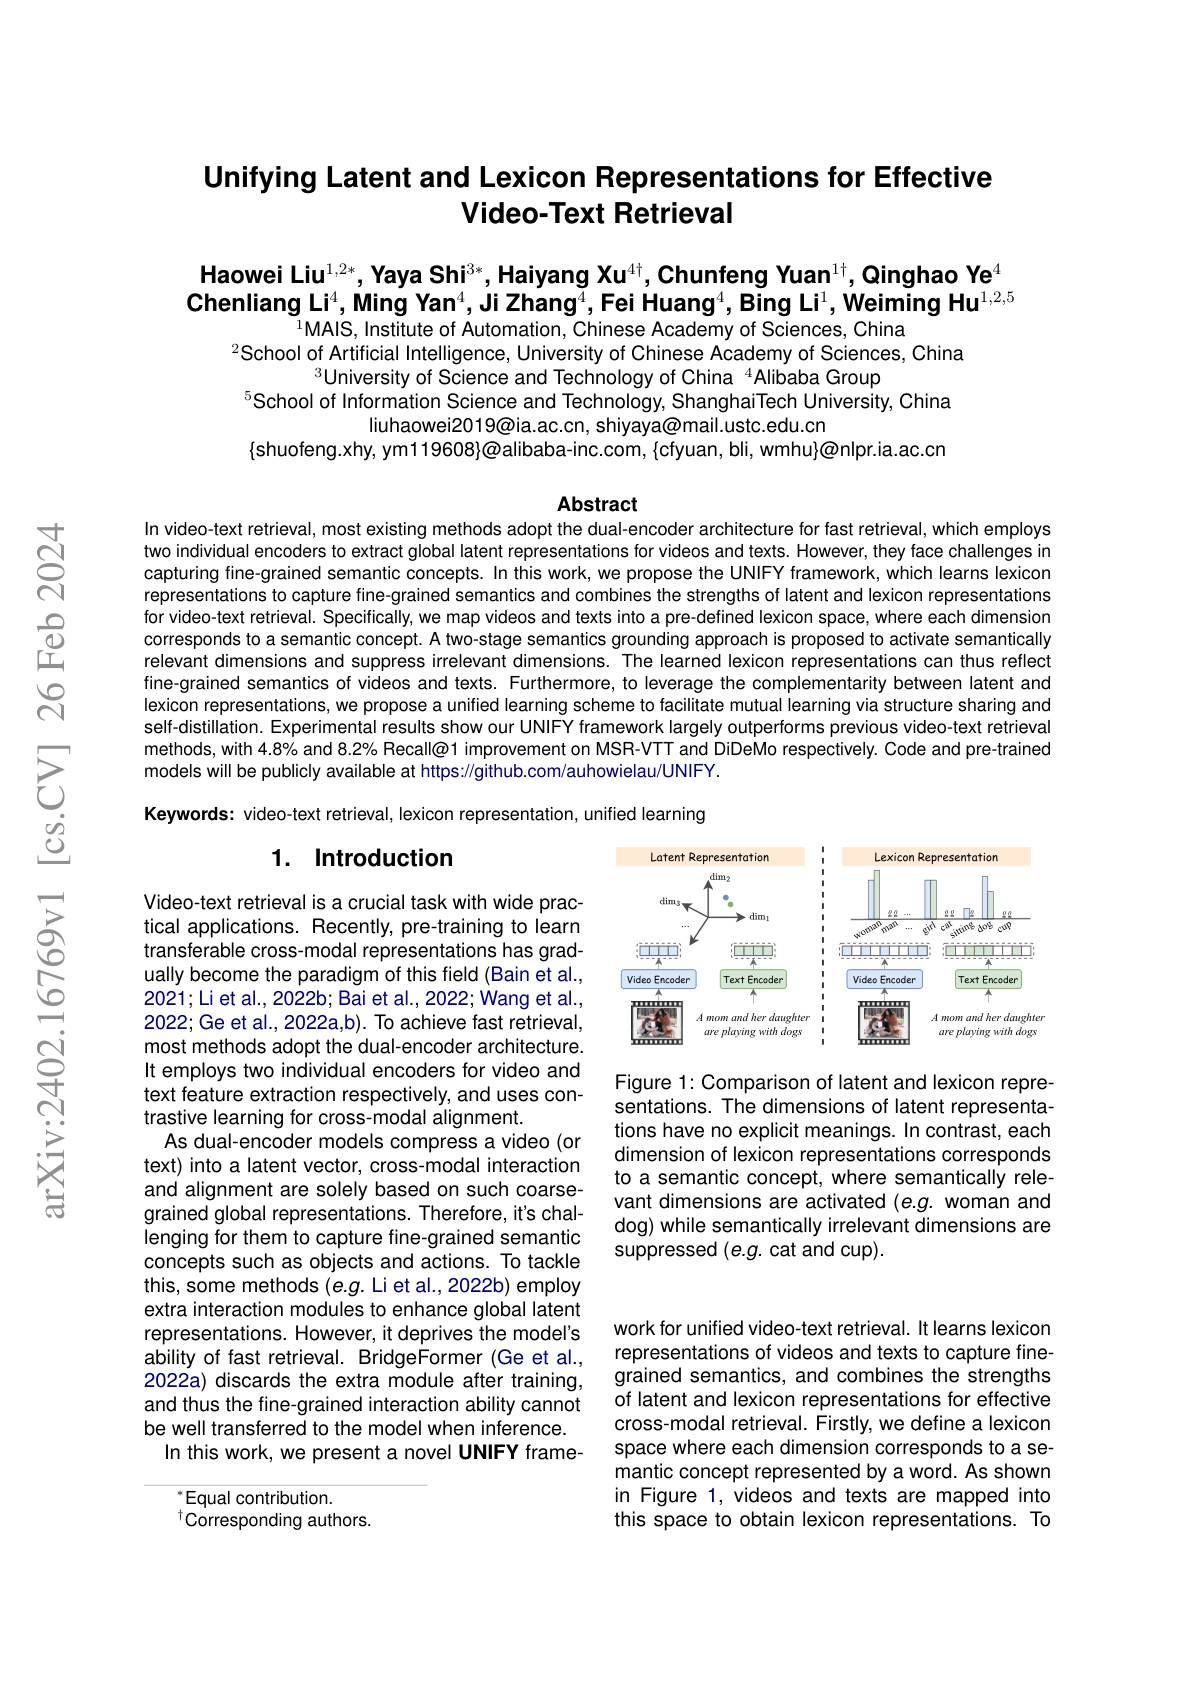
# Unifying Latent and Lexicon Representations for Effective Video-Text Retrieval

Haowei Liu$^{1,2*}$,Yaya Shi$^{3*}$,Haiyang Xu$^{4\dagger}$,Chunfeng Yuan$^{1\dagger}$,Qinghao Ye$^4$ Chenliang Li$^4$,Ming Yan$^4$,Ji Zhang$^4$,Fei Huang$^4$,Bing Li$^1$,Weiming Hu$^{1,2,5}$
$^{1}$MAIS, Institute of Automation, Chinese Academy of Sciences, China

$^{2}$School of Artificial Intelligence, University of Chinese Academy of Sciences, China
$^{3}$University of Science and Technology of China $^{4}$Alibaba Group
$^{5}$School of Information Science and Technology, ShanghaiTech University, China
liuhaowei2019@ia.ac.cn, shiyaya@mail.ustc.edu.cn
$\{$shuofeng.xhy, ym119608}@alibaba-inc.com,{cfyuan,bli,wmhu}@nIpr.ia.ac.cn

## Abstract

In video-text retrieval, most existing methods adopt the dual-encoder architecture for fast retrieval, which employs two individual encoders to extract global latent representations for videos and texts. However, they face challenges in capturing fine-grained semantic concepts. In this work, we propose the UNIFY framework, which learns lexicon representations to capture fine-grained semantics and combines the strengths of latent and lexicon representations for video-text retrieval. Specifically, we map videos and texts into a pre-defined lexicon space, where each dimension corresponds to a semantic concept. A two-stage semantics grounding approach is proposed to activate semantically relevant dimensions and suppress irrelevant dimensions. The learned lexicon representations can thus reflect fine-grained semantics of videos and texts. Furthermore, to leverage the complementarity between latent and lexicon representations, we propose a unified learning scheme to facilitate mutual learning via structure sharing and self-distillation. Experimental results show our UNIFY framework largely outperforms previous video-text retrieval methods, with 4.8% and 8.2% Recall@1 improvement on MSR-VTT and DiDeMo respectively. Code and pre-trained models will be publicly available at https://github.com/auhowielau/UNIFY.

Keywords: video-text retrieval, lexicon representation, unified learning

### 1. Introduction

<FigureHere>

Figure 1: Comparison of latent and lexicon representations. The dimensions of latent representations have no explicit meanings. In contrast, each dimension of lexicon representations corresponds to a semantic concept, where semantically relevant dimensions are activated (e.g. woman and dog) while semantically irrelevant dimensions are suppressed (e.g. cat and cup).

Video-text retrieval is a crucial task with wide practical applications. Recently, pre-training to learn transferable cross-modal representations has gradually become the paradigm of this field (Bain et al., 2021;Li et al., 2022b; Bai et al., 2022; Wang et al., 2022;Ge et al., 2022a,b). To achieve fast retrieval, most methods adopt the dual-encoder architecture. It employs two individual encoders for video and text feature extraction respectively, and uses contrastive learning for cross-modal alignment.
As dual-encoder models compress a video (or text) into a latent vector, cross-modal interaction and alignment are solely based on such coarsegrained global representations. Therefore, it's challenging for them to capture fine-grained semantic concepts such as objects and actions. To tackle this, some methods (e.g. Li et al.,2022b) employ extra interaction modules to enhance global latent representations. However, it deprives the model's ability of fast retrieval. BridgeFormer (Ge et al., 2022a) discards the extra module after training, and thus the fine-grained interaction ability cannot be well transferred to the model when inference.
In this work, we present a novel UNIFY frame-

work for unified video-text retrieval. It learns lexicon representations of videos and texts to capture finegrained semantics, and combines the strengths of latent and lexicon representations for effective cross-modal retrieval. Firstly, we define a lexicon space where each dimension corresponds to a semantic concept represented by a word. As shown in Figure 1, videos and texts are mapped into this space to obtain lexicon representations. To

$^{*}$Equal contribution.

Corresponding authors.